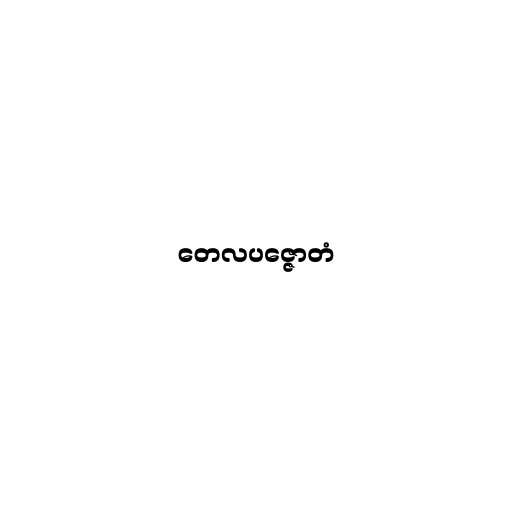
တေလပဇ္ဇောတံ